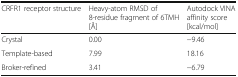
<table><thead><tr><td><b>CRFR1 receptor structure</b></td><td><b>Heavy-atom RMSD of 8-residue fragment of 6TMH[Å]</b></td><td><b>Autodock VINA affinity score[kcal/mol]</b></td></tr></thead><tbody><tr><td>Crystal</td><td>0.00</td><td>−9.46</td></tr><tr><td>Template-based</td><td>7.99</td><td>18.16</td></tr><tr><td>Broker-refined</td><td>3.41</td><td>−6.79</td></tr></tbody></table>